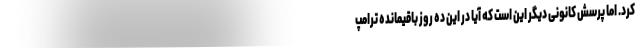
کرد. اما پرسش کانونی دیگر این است که آیا در این ده روز باقیمانده ترامپ